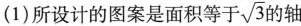
(1)所设计的图案是面积等于\sqrt{3} 的轴